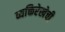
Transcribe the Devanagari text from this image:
व्यक्तिरेखेची